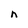
Character: n